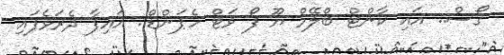
ގޯސް.. އައި ކާންޓް ބްލޭމް ޔޫ ފޯ ވަޓް ހެޕަންޑް.. އައިފާ ދެރަވެފައި